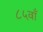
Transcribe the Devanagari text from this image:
८५वाँ